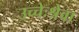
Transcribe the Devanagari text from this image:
उच्चेःश्रेवा